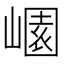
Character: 𡻽